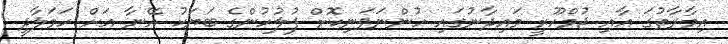
އިމާރާތުގަ އާއި ޖުމްހޫރީ މައިދާނުގައި ހުންނަވަނިކޮށް ފުލުހުންގެ ބަޔަކު އޭނާ އަށް ހަމަލާދީ